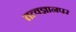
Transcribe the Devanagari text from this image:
तत्वज्ञानपर